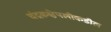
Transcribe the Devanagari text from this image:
चंद्रकक्षेपलीकडील